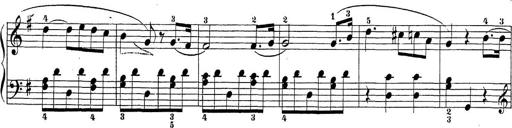
Title: Sonatina Album
Composer: Louis KÃ¶hler